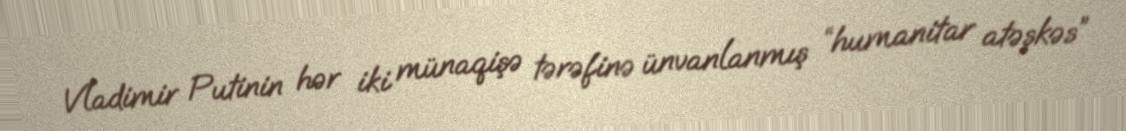
Vladimir Putinin hər iki münaqişə tərəfinə ünvanlanmış “humanitar atəşkəs”